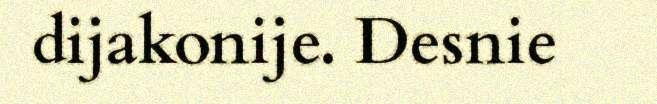
dijakonije. Desnie